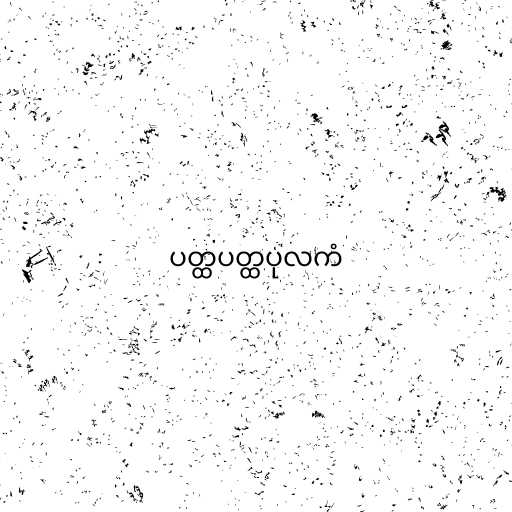
ပတ္ထပတ္ထပုလကံ